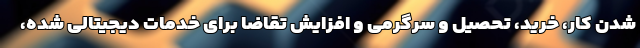
شدن کار، خرید، تحصیل و سرگرمی و افزایش تقاضا برای خدمات دیجیتالی شده،